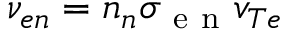
\nu _ { e n } = n _ { n } \sigma _ { \mathrm { ~ e ~ n ~ } } v _ { T e }